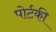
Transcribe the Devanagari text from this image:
पोर्टकी